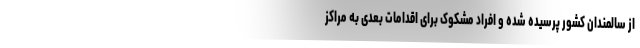
از سالمندان کشور پرسیده شده و افراد مشکوک برای اقدامات بعدی به مراکز